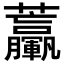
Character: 𧆃